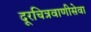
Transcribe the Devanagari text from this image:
दूरचित्रवाणीसेवा